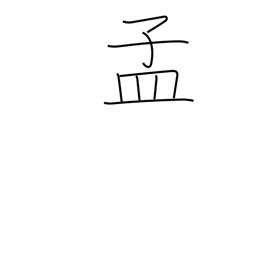
Meaning: beginning